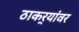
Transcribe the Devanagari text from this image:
ठाकर्‍यांवर